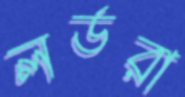
লর্ডরা